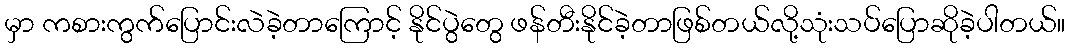
မှာ ကစားကွက်ပြောင်းလဲခဲ့တာကြောင့် နိုင်ပွဲတွေ ဖန်တီးနိုင်ခဲ့တာဖြစ်တယ်လို့သုံးသပ်ပြောဆိုခဲ့ပါတယ်။